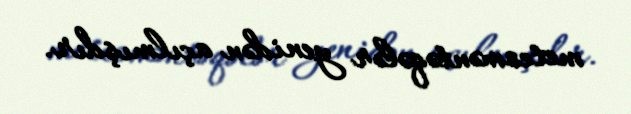
meteoməntəqələr yenidən açılmışdır.